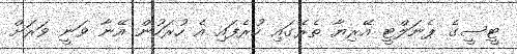
ޓީސީގެ ޕެނަލްޓީ އޭރިިޔާ ތެރޭގައި ހުރެފައި އެ ހުރަހުން އޭނާ ވަނީ ވަރަށް